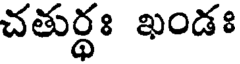
చతుర్థః ఖండః